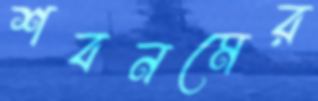
শবনমের